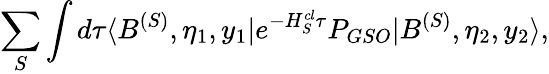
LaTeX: \sum_{S}\int d\tau\langle B^{(S)},\eta_{1},y_{1}|e^{-H_{S}^{cl}\tau}P_{GSO}|B^{(S)},\eta_{2},y_{2}\rangle,